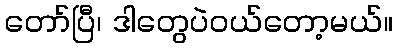
တော်ပြီ၊ ဒါတွေပဲဝယ်တော့မယ်။